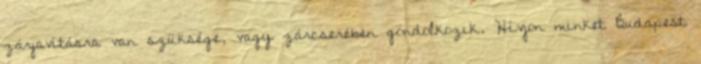
zárjavításra van szüksége, vagy zárcserében gondolkozik. Hívjon minket Budapest